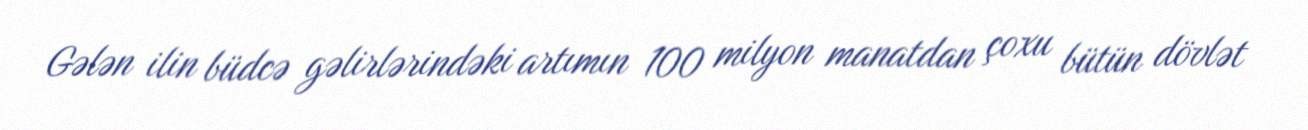
Gələn ilin büdcə gəlirlərindəki artımın 100 milyon manatdan çoxu bütün dövlət